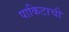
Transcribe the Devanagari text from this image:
पाकिटाची